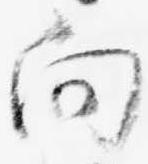
向